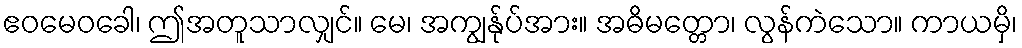
ဧဝမေဝခေါ၊ ဤအတူသာလျှင်။ မေ၊ အကျွန်ုပ်အား။ အဓိမတ္တော၊ လွန်ကဲသော။ ကာယမှိ၊